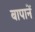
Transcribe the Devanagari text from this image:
बापानें